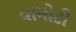
વામોટી